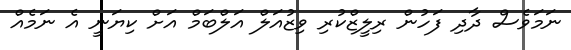
ނަމަވެސް ދާދި ފަހުން ރިލީޒްކުރި ވިޒުއަލް އަލްބަމް އަށް ކިޔަނީ އެ ނަމެއް